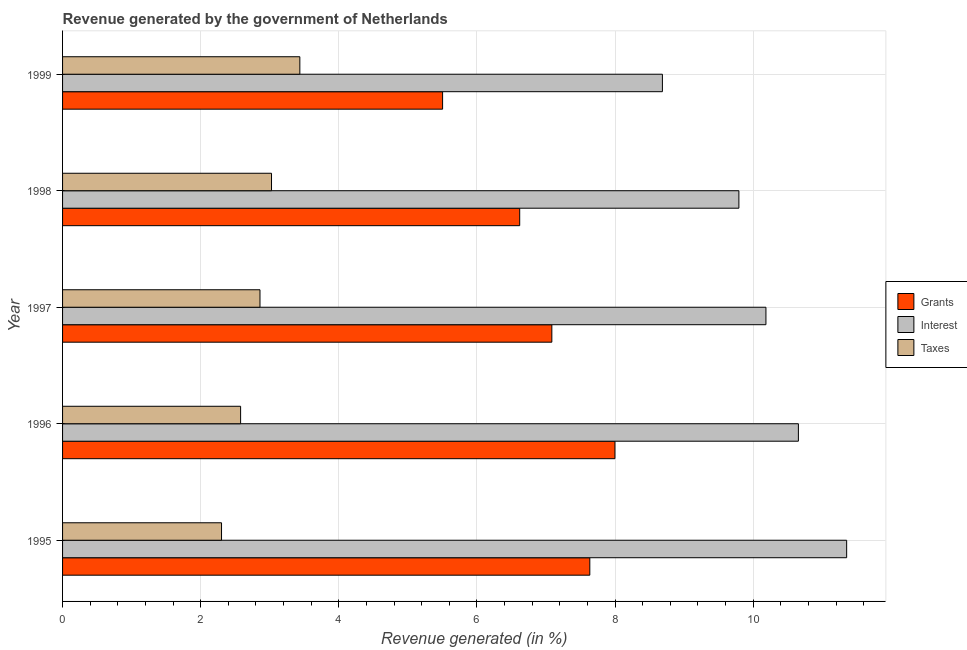
| Year | Grants | Interest | Taxes |
 | --- | --- | --- | --- |
 | 1995 | 7.63 | 11.4 | 2.3 |
 | 1996 | 8 | 10.7 | 2.58 |
 | 1997 | 7.09 | 10.2 | 2.86 |
 | 1998 | 6.62 | 9.79 | 3.03 |
 | 1999 | 5.5 | 8.69 | 3.44 |